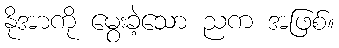
နိုအာကို မွေးခဲ့သော ညက အဖြစ်။